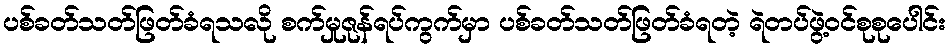
ပစ်ခတ်သတ်ဖြတ်ခံရသလို စက်မှုဇုန်ရပ်ကွက်မှာ ပစ်ခတ်သတ်ဖြတ်ခံရတဲ့ ရဲတပ်ဖွဲ့ဝင်စုစုပေါင်း